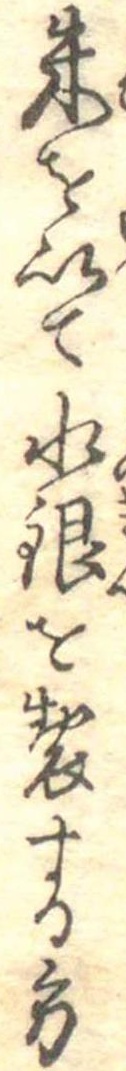
朱を以て水銀を製する方